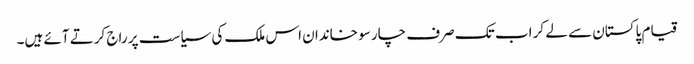
قیام پاکستان سے لے کر اب تک صرف چار سو خاندان اس ملک کی سیاست پر راج کرتے آئے ہیں۔